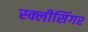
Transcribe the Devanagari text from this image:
स्क्लीसिंगर